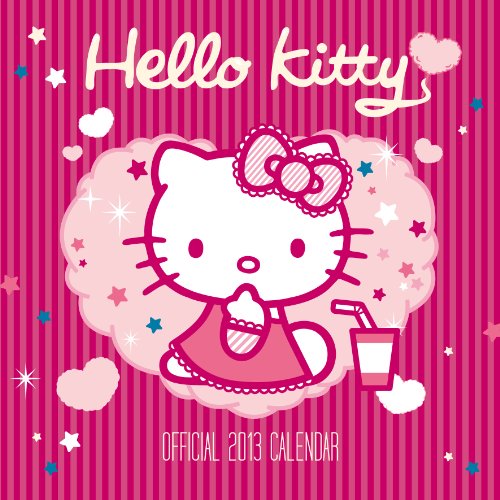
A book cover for Hello Kitty Official 2013 Calendar; Calendars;